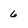
Character: 6